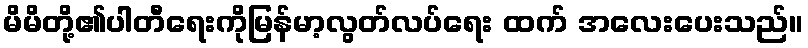
မိမိတို့၏ပါတီရေးကိုမြန်မာ့လွတ်လပ်ရေး ထက် အလေးပေးသည်။